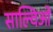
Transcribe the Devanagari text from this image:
साल्विओ